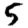
Digit: 5